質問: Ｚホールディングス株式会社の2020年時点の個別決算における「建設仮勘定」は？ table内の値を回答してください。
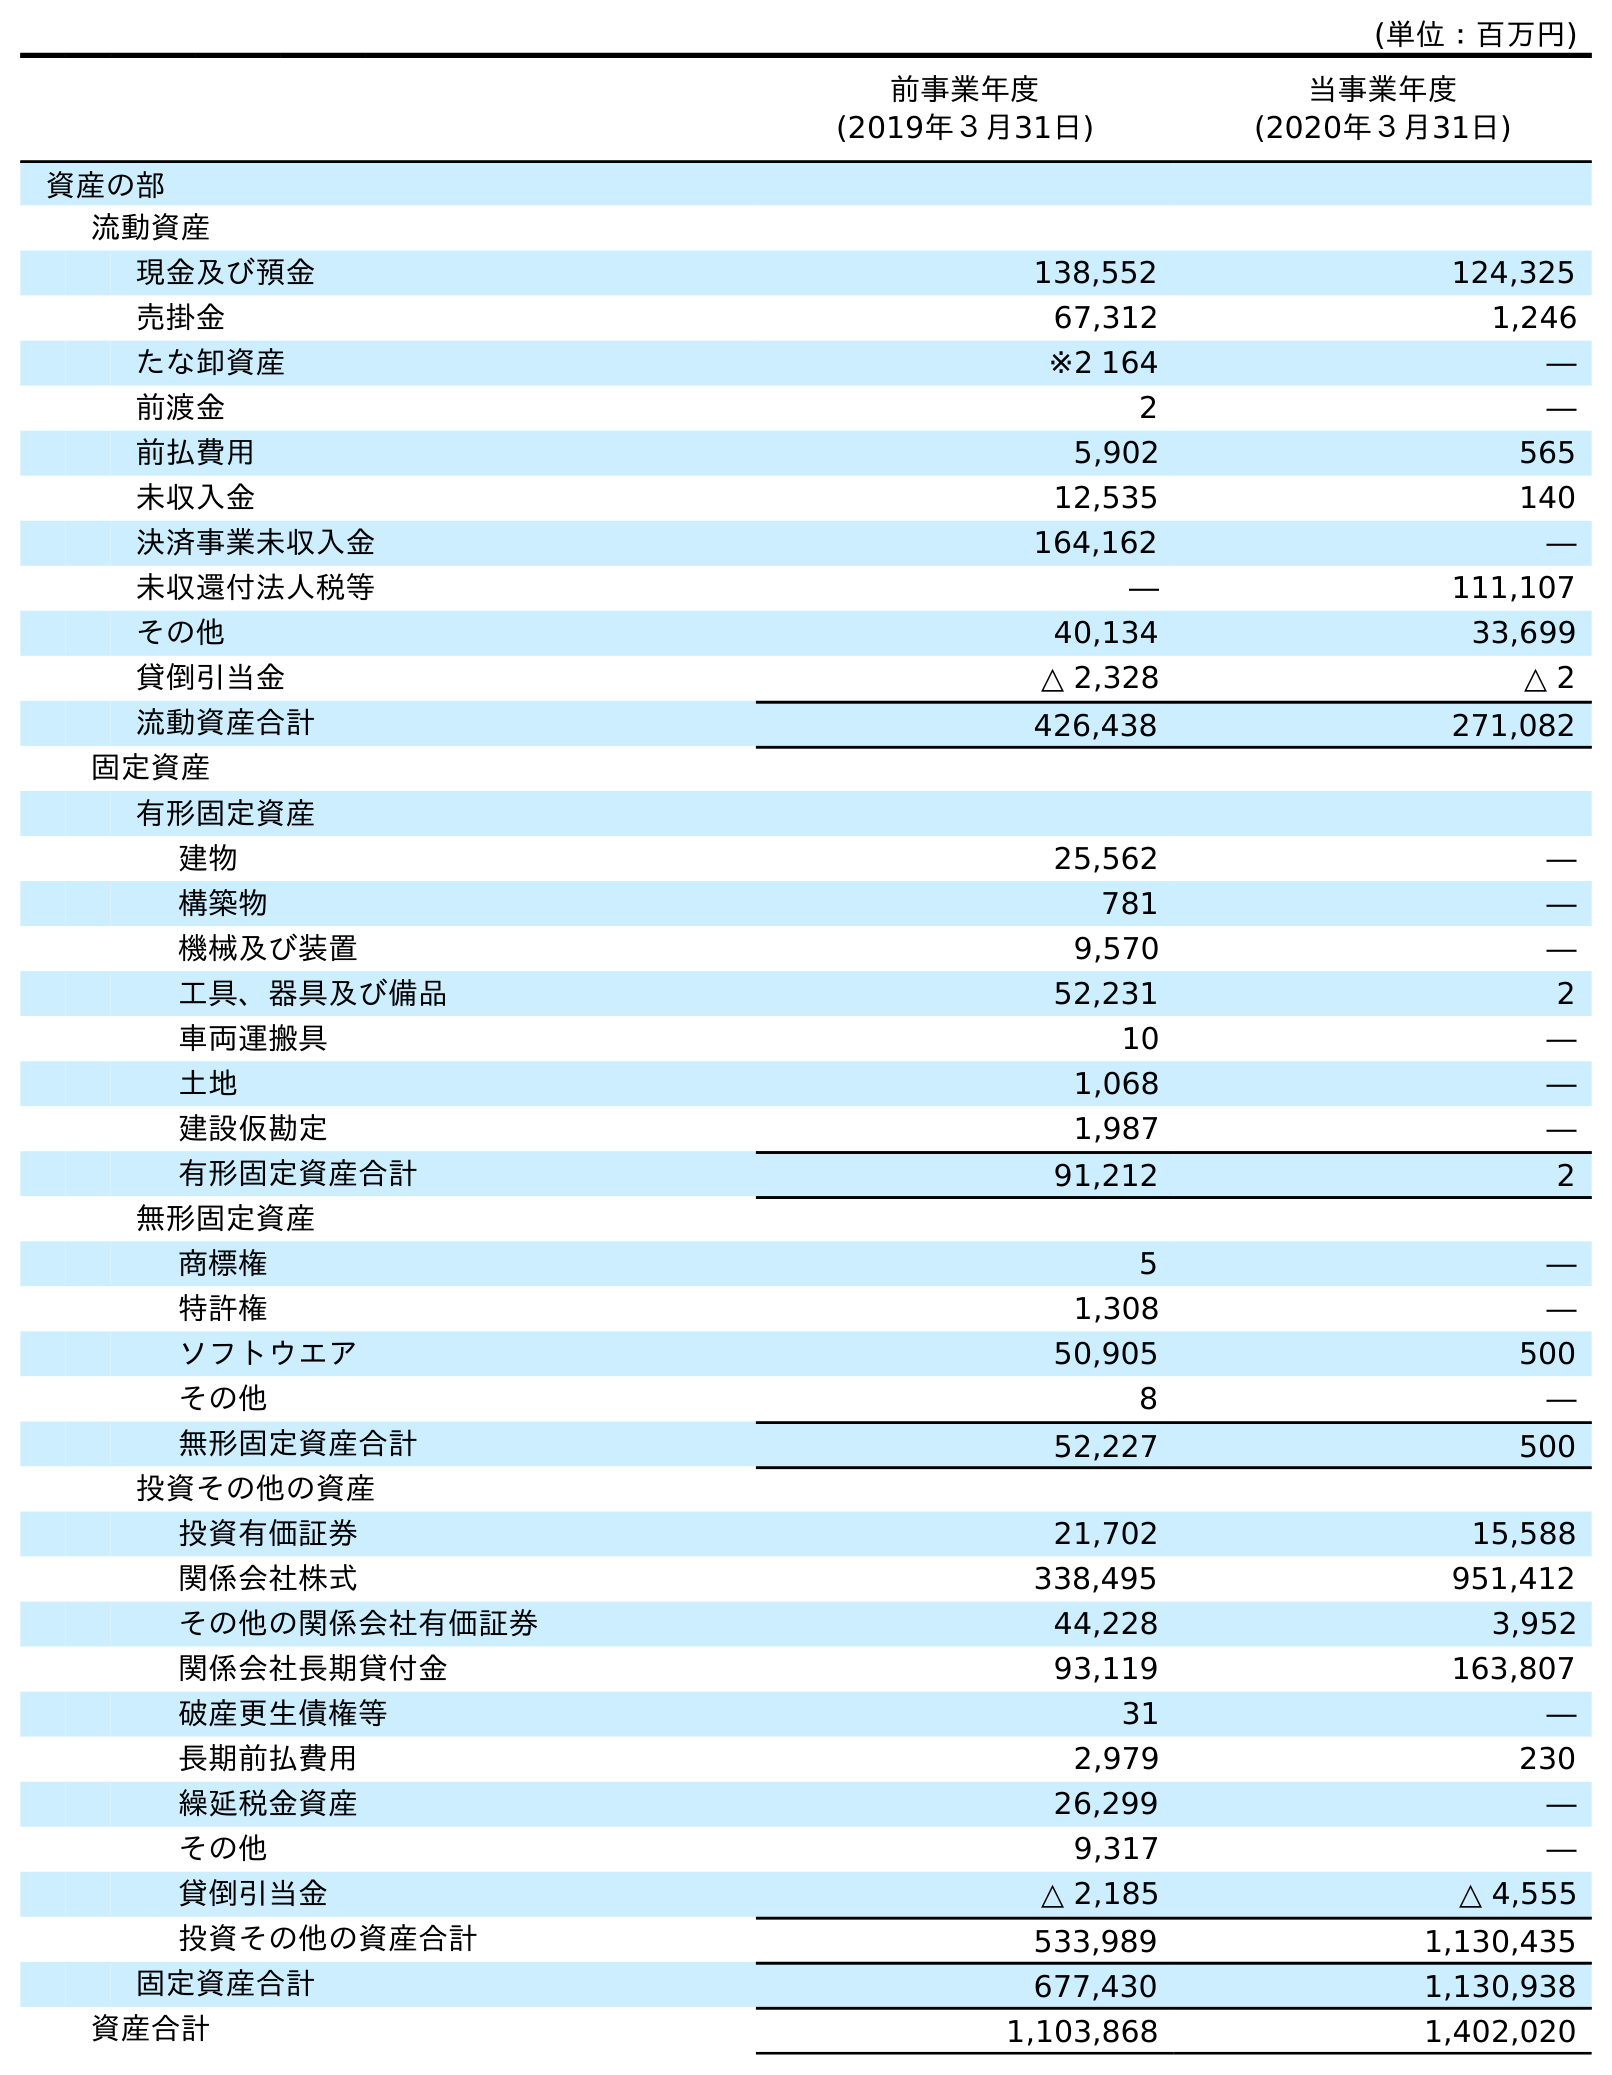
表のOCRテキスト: (単位：百万円) 前事業年度 (2019年３月31日) 当事業年度 (2020年３月31日) 資産の部 流動資産 現金及び預金 138,552 124,325 売掛金 67,312 1,246 たな卸資産 ※2 164 ― 前渡金 2 ― 前払費用 5,902 565 未収入金 12,535 140 決済事業未収入金 164,162 ― 未収還付法人税等 ― 111,107 その他 40,134 33,699 貸倒引当金 △ 2,328 △ 2 流動資産合計 426,438 271,082 固定資産 有形固定資産 建物 25,562 ― 構築物 781 ― 機械及び装置 9,570 ― 工具、器具及び備品 52,231 2 車両運搬具 10 ― 土地 1,068 ― 建設仮勘定 1,987 ― 有形固定資産合計 91,212 2 無形固定資産 商標権 5 ― 特許権 1,308 ― ソフトウエア 50,905 500 その他 8 ― 無形固定資産合計 52,227 500 投資その他の資産 投資有価証券 21,702 15,588 関係会社株式 338,495 951,412 その他の関係会社有価証券 44,228 3,952 関係会社長期貸付金 93,119 163,807 破産更生債権等 31 ― 長期前払費用 2,979 230 繰延税金資産 26,299 ― その他 9,317 ― 貸倒引当金 △ 2,185 △ 4,555 投資その他の資産合計 533,989 1,130,435 固定資産合計 677,430 1,130,938 資産合計 1,103,868 1,402,020
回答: ―